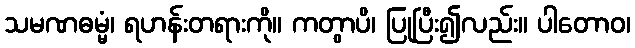
သမဏဓမ္မံ၊ ရဟန်းတရားကို။ ကတွာပိ၊ ပြုပြီး၍လည်း။ ပါတောဝ၊